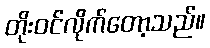
တိုးဝင်လိုက်တော့သည်။